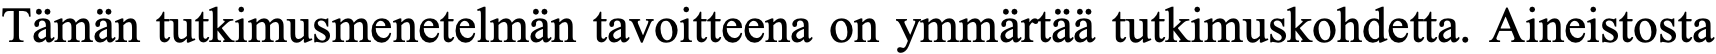
Tämän tutkimusmenetelmän tavoitteena on ymmärtää tutkimuskohdetta. Aineistosta